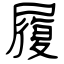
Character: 履